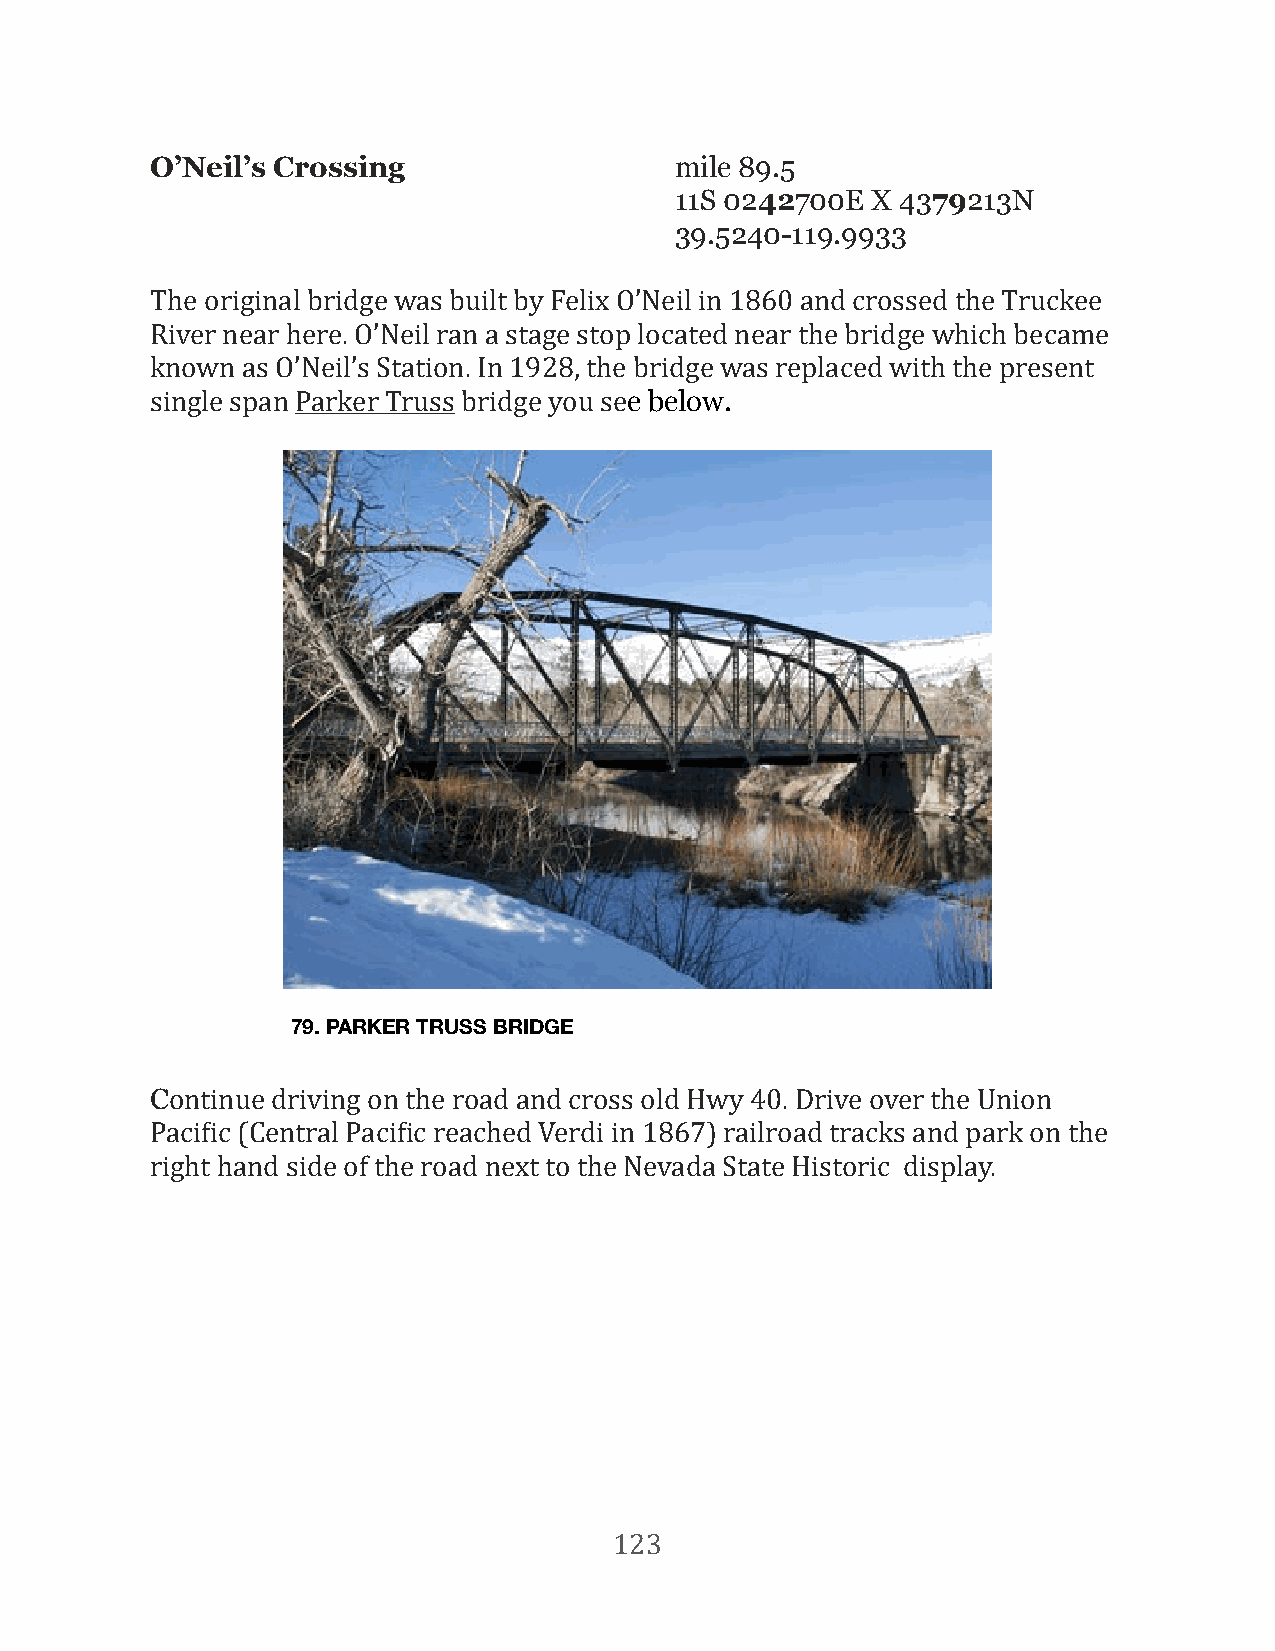
O’Neil’s Crossing                  mile 89.5
 11S 0242700E X 4379213N
 39.5240-119.9933
 The original bridge was built by Felix O’Neil in 1860 and crossed the Truckee
 River near here. O’Neil ran a stage stop located near the bridge which became
 known as O’Neil’s Station. In 1928, the bridge was replaced with the present
 single span Parker Truss bridge you see below.
 79. PARKER TRUSS BRIDGE
 Continue driving on the road and cross old Hwy 40. Drive over the Union
 PaciFic (Central PaciFic reached Verdi in 1867) railroad tracks and park on the
 right hand side of the road next to the Nevada State Historic display.
 123